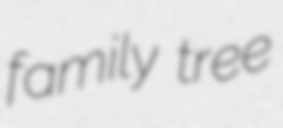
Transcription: family tree